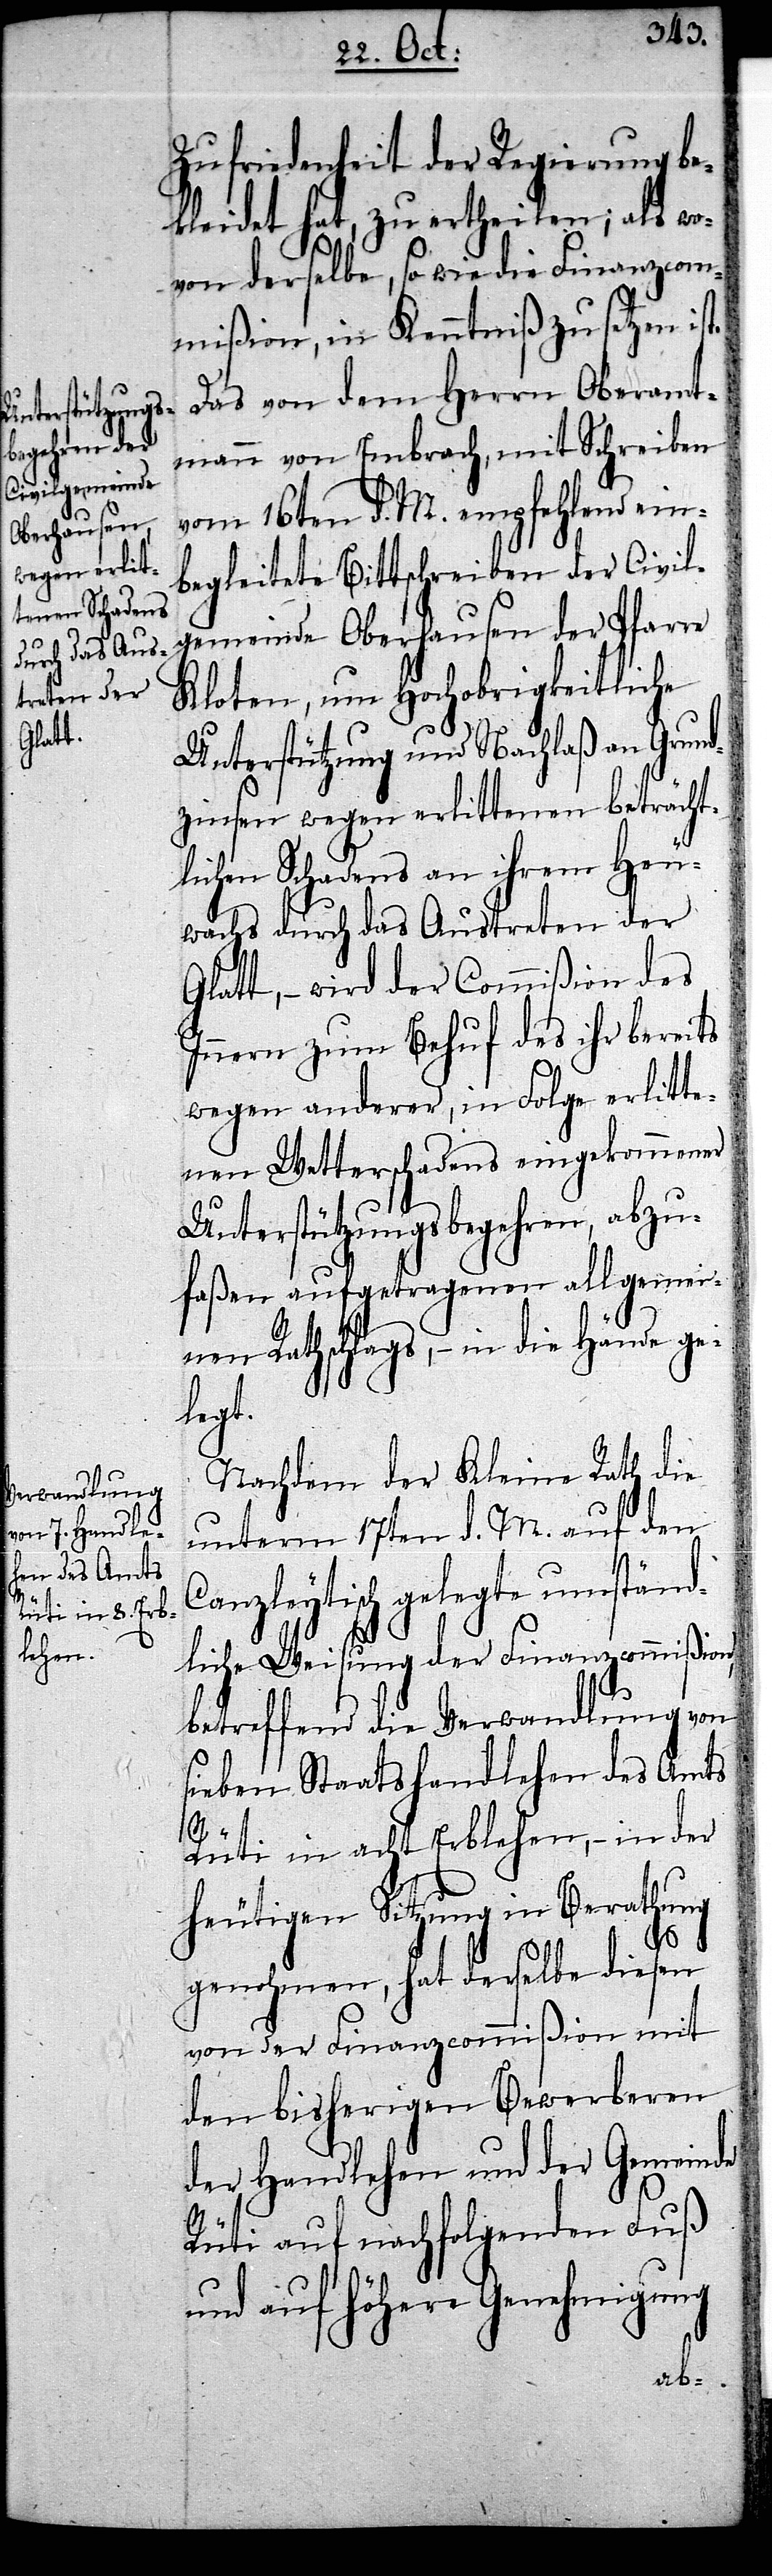
Zufriedenheit der Regierung be¬
kleidet, zu ertheilen; als wo¬
von derselbe, so wie die Finanzcom¬
mißion, in Kenntniß zu setzen ist.
Das von dem Herrn Oberamt¬
mann von Embrach, mit Schreiben
vom 16ten d. M. empfehlend ein¬
begleitete Bittschreiben der Civil¬
gemeinde Oberhausen der Pfarre
Kloten, um Hochobrigkeitliche
Unterstützung und Nachlaß an Grund¬
zinsen wegen erlittenen beträcht¬
lichen Schadens an ihrem Heu¬
wachs durch das Austreten der
Glatt, – wird der Commißion des
Innern zum Behuf des ihr bereits
wegen anderer, in Folge erlitte¬
nen Wetterschadens eingekommenen
Unterstützungsbegehren, abzu¬
faßen aufgetragenen allgemei¬
nen Rathschlags, – in die Hände ge¬
legt.
Nachdem der Kleine Rath die
unterm 17ten d. M. auf den
Canzleytisch gelegte umständ¬
liche Weisung der Finanzcommißion,
betreffend die Verwandlung von
sieben Staatshandlehen des Amts
Rüti in acht Erblehen, – in der
heutigen Sitzung in Berathung
genohmen, hat derselbe diesen
von der Finanzcommißion mit
den bisherigen Bewerberen
der Handlehen und der Gemeinde
Rüti auf nachfolgenden Fuß
und auf höhere Genehmigung